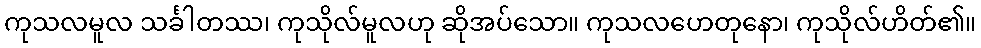
ကုသလမူလ သင်္ခါတဿ၊ ကုသိုလ်မူလဟု ဆိုအပ်သော။ ကုသလဟေတုနော၊ ကုသိုလ်ဟိတ်၏။